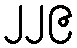
၂၂၉